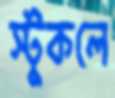
স্টুকলে